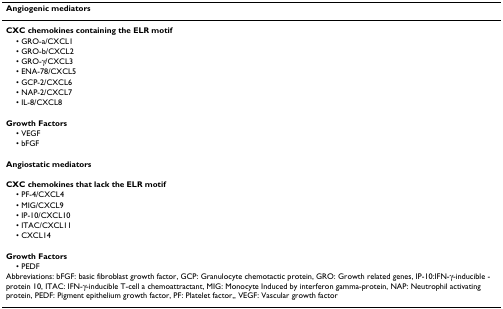
| Angiogenic mediators |
 | --- |
 | CXC chemokines containing the ELR motif |
 | • GRO-a/CXCL1 |
 | • GRO-b/CXCL2 |
 | • GRO-γ/CXCL3 |
 | • ENA-78/CXCL5 |
 | • GCP-2/CXCL6 |
 | • NAP-2/CXCL7 |
 | • IL-8/CXCL8 |
 | Growth Factors |
 | • VEGF |
 | • bFGF |
 | Angiostatic mediators |
 | CXC chemokines that lack the ELR motif |
 | • PF-4/CXCL4 |
 | • MIG/CXCL9 |
 | • IP-10/CXCL10 |
 | • ITAC/CXCL11 |
 | • CXCL14 |
 | Growth Factors |
 | • PEDF |
 | Abbreviations: bFGF: basic fibroblast growth factor, GCP: Granulocyte chemotactic protein, GRO: Growth related genes, IP-10:IFN-γ-inducible -protein 10, ITAC: IFN-γ-inducible T-cell a chemoattractant, MIG: Monocyte Induced by interferon gamma-protein, NAP: Neutrophil activating protein, PEDF: Pigment epithelium growth factor, PF: Platelet factor,, VEGF: Vascular growth factor |